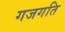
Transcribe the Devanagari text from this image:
गजगति